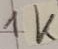
Text: 1K